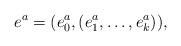
LaTeX: \begin{align*}e^a = (e^a_0,(e^a_1,\dots,e^a_k)),\end{align*}